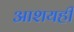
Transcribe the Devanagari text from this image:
आशयही